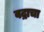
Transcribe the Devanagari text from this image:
वद्राचा